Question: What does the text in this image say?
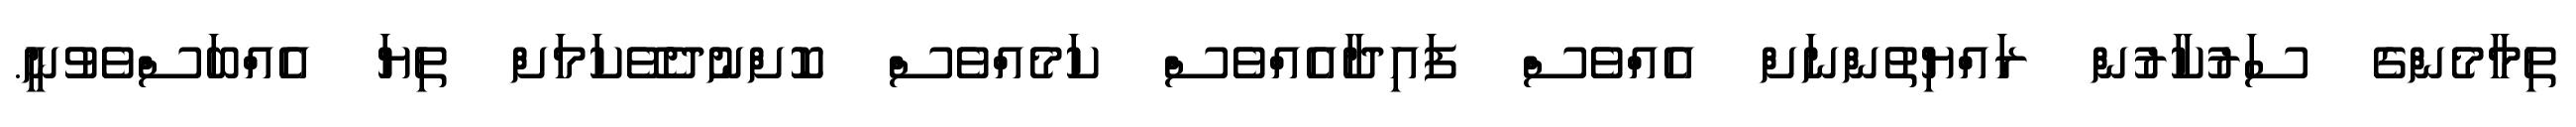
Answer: ތިމާމެންގެ ސަރުކާރުން ރައްޔިތުންނަށް އެއްވެސް ފައިދާއެއްވެސް ކަމެއްވެސް ކޮށްނުދެވޭކަމަށް ތިޔަ އެއްބަސްވެވުނީ.